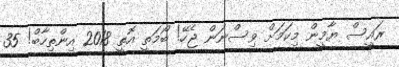
ރައީސް ޔާމީން މިކަމަށް ވިސްނަން ޖެހޭ! ބޯމަތީ އޮތީ 2018 އިންތިހާބް! 35